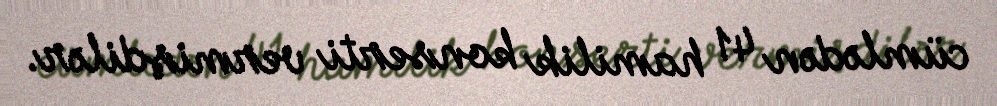
cümlədən 41 hamilik konserti vermişdilər.